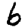
Digit: 6